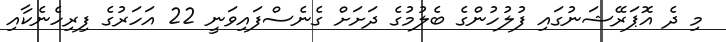
މި ދެ އޮޕަރޭޝަނުގައި ފުލުހުންގެ ބެލުމުގެ ދަށަށް ގެނެސްފައިވަނީ 22 އަހަރުގެ ފިރިހެނެކާއި